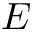
E